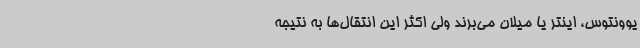
یوونتوس، اینتر یا میلان می‌برند ولی اکثر این انتقال‌ها به نتیجه‌